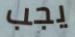
يجب